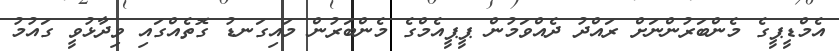
އެމްޑީޕީގެ މެންބަރުންނަށް ރައްދު ދެއްވަމުން ޕީޕީއެމްގެ މެންބަރުން މައިގަނޑު ގޮތެއްގައި ވިދާޅުވީ ގައުމު